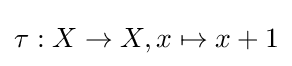
\tau :X\to X,x\mapsto x+1